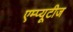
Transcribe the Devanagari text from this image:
एम्प्यूटीज